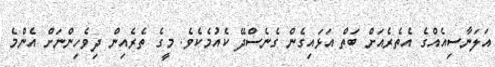
އަލަނާސިއެއްގެ އެތެރެއަށް ބަތް އަޅައިގެން ގެނެސްދޭ ކެއުމެކެވެ. މީގެ ތެރެއިން ދިވެހިންނަށް އެންމެ